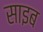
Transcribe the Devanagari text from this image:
साइब